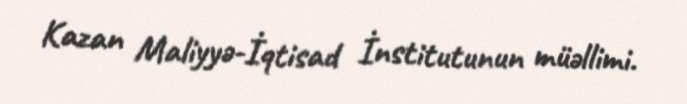
Kazan Maliyyə-İqtisad İnstitutunun müəllimi.